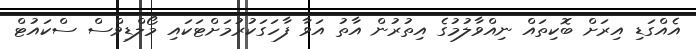
އެއްގަޑި އިރަށް ބޮކިތައް ނިއްވާލުމުގެ އިތުރުން އާތު އަވާ ފާހަގަކުރުމަށްޓަކައި މޯލްޑިވްސް ސްކައުޓް